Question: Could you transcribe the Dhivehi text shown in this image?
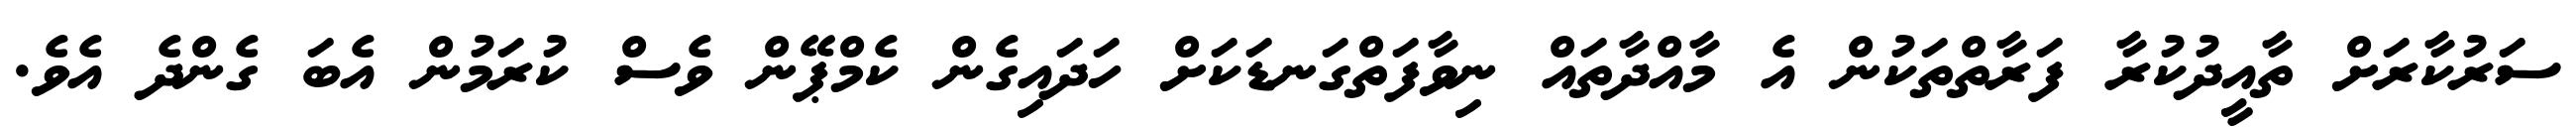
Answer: ސަރުކާރަށް ތާއީދުކުރާ ފަރާތްތަކުން އެ މާއްދާތައް ނިވާފަތްގަނޑަކަށް ހަދައިގެން ކެމްޕޭން ވެސް ކުރަމުން އެބަ ގެންދެ އެވެ.